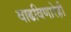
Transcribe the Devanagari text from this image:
वाढविणारेही